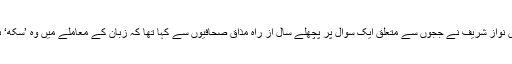
میاں نواز شریف نے ججوں سے متعلق ایک سوال پر پچھلے سال از راہ مذاق صحافیوں سے کہا تھا کہ زبان کے معاملے میں وہ ’سکھ‘ ہیں۔